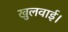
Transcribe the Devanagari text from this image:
खुलवाई।